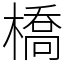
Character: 橋